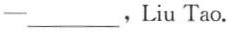
——___，Liu Tao.